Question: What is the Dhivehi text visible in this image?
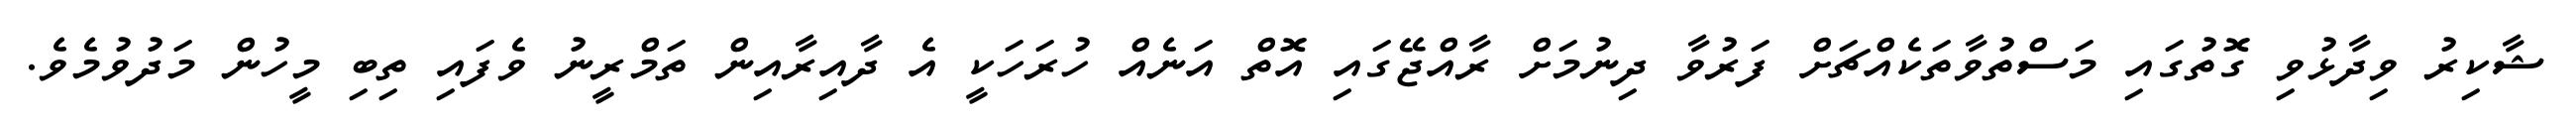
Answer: ޝާކިރު ވިދާޅުވި ގޮތުގައި މަސްތުވާތަކެއްޗަށް ފަރުވާ ދިނުމަށް ރާއްޖޭގައި އޮތް އަނެއް ހުރަހަކީ އެ ދާއިރާއިން ތަމްރީނު ވެފައި ތިބި މީހުން މަދުވުމެވެ.